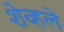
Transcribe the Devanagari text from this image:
शेव्हले